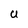
Character: U